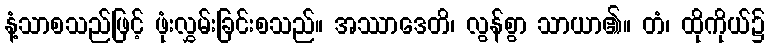
နံ့သာစသည်ဖြင့် ဖုံးလွှမ်းခြင်းစသည်။ အဿာဒေတိ၊ လွန်စွာ သာယာ၏။ တံ၊ ထိုကိုယ်၌